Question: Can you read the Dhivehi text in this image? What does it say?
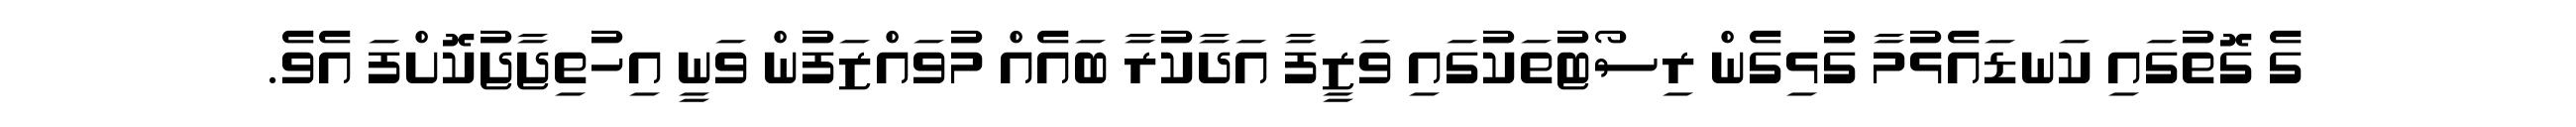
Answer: ގެ ގޮތުގައި ކަނޑައެޅުމާ ގުޅިގެން ރިސޯޓުތަކުގައި ވަޒީފާ އަދާކުރާ ބައެއް މުވައްޒަފުން ވަނީ އިހުތިޖާޖުކޮށްފަ އެވެ.